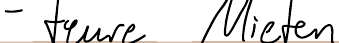
- teure Mieten